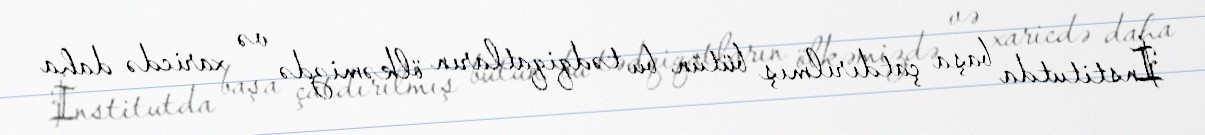
İnstitutda başa çatdırılmış bütün bu tədqiqatların ölkəmizdə və xaricdə daha